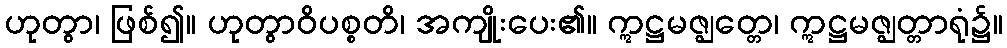
ဟုတွာ၊ ဖြစ်၍။ ဟုတွာဝိပစ္စတိ၊ အကျိုးပေး၏။ ဣဋ္ဌမဇ္ဈတ္တေ၊ ဣဋ္ဌမဇ္ဈတ္တာရုံ၌။